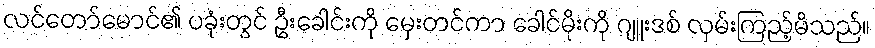
လင်တော်မောင်၏ ပခုံးတွင် ဦးခေါင်းကို မှေးတင်ကာ ခေါင်မိုးကို ဂျူးဒစ် လှမ်းကြည့်မိသည်။